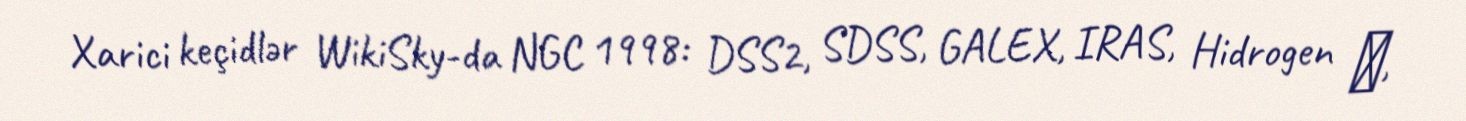
Xarici keçidlər WikiSky-da NGC 1998: DSS2, SDSS, GALEX, IRAS, Hidrogen α,